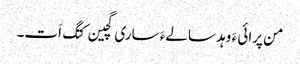
من پرائی ءَ وہد سالےءَ ساری گچین کتگ اَت۔